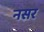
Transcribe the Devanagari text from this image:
नसर